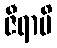
ဇီရာမိ